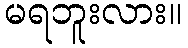
မရဘူးလား။